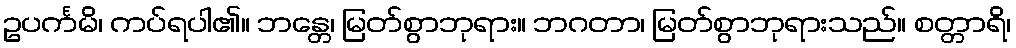
ဥပင်္ကမိ၊ ကပ်ရပါ၏။ ဘန္တေ၊ မြတ်စွာဘုရား။ ဘဂတာ၊ မြတ်စွာဘုရားသည်။ စတ္တာရိ၊